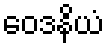
ဝေဒနိယံ